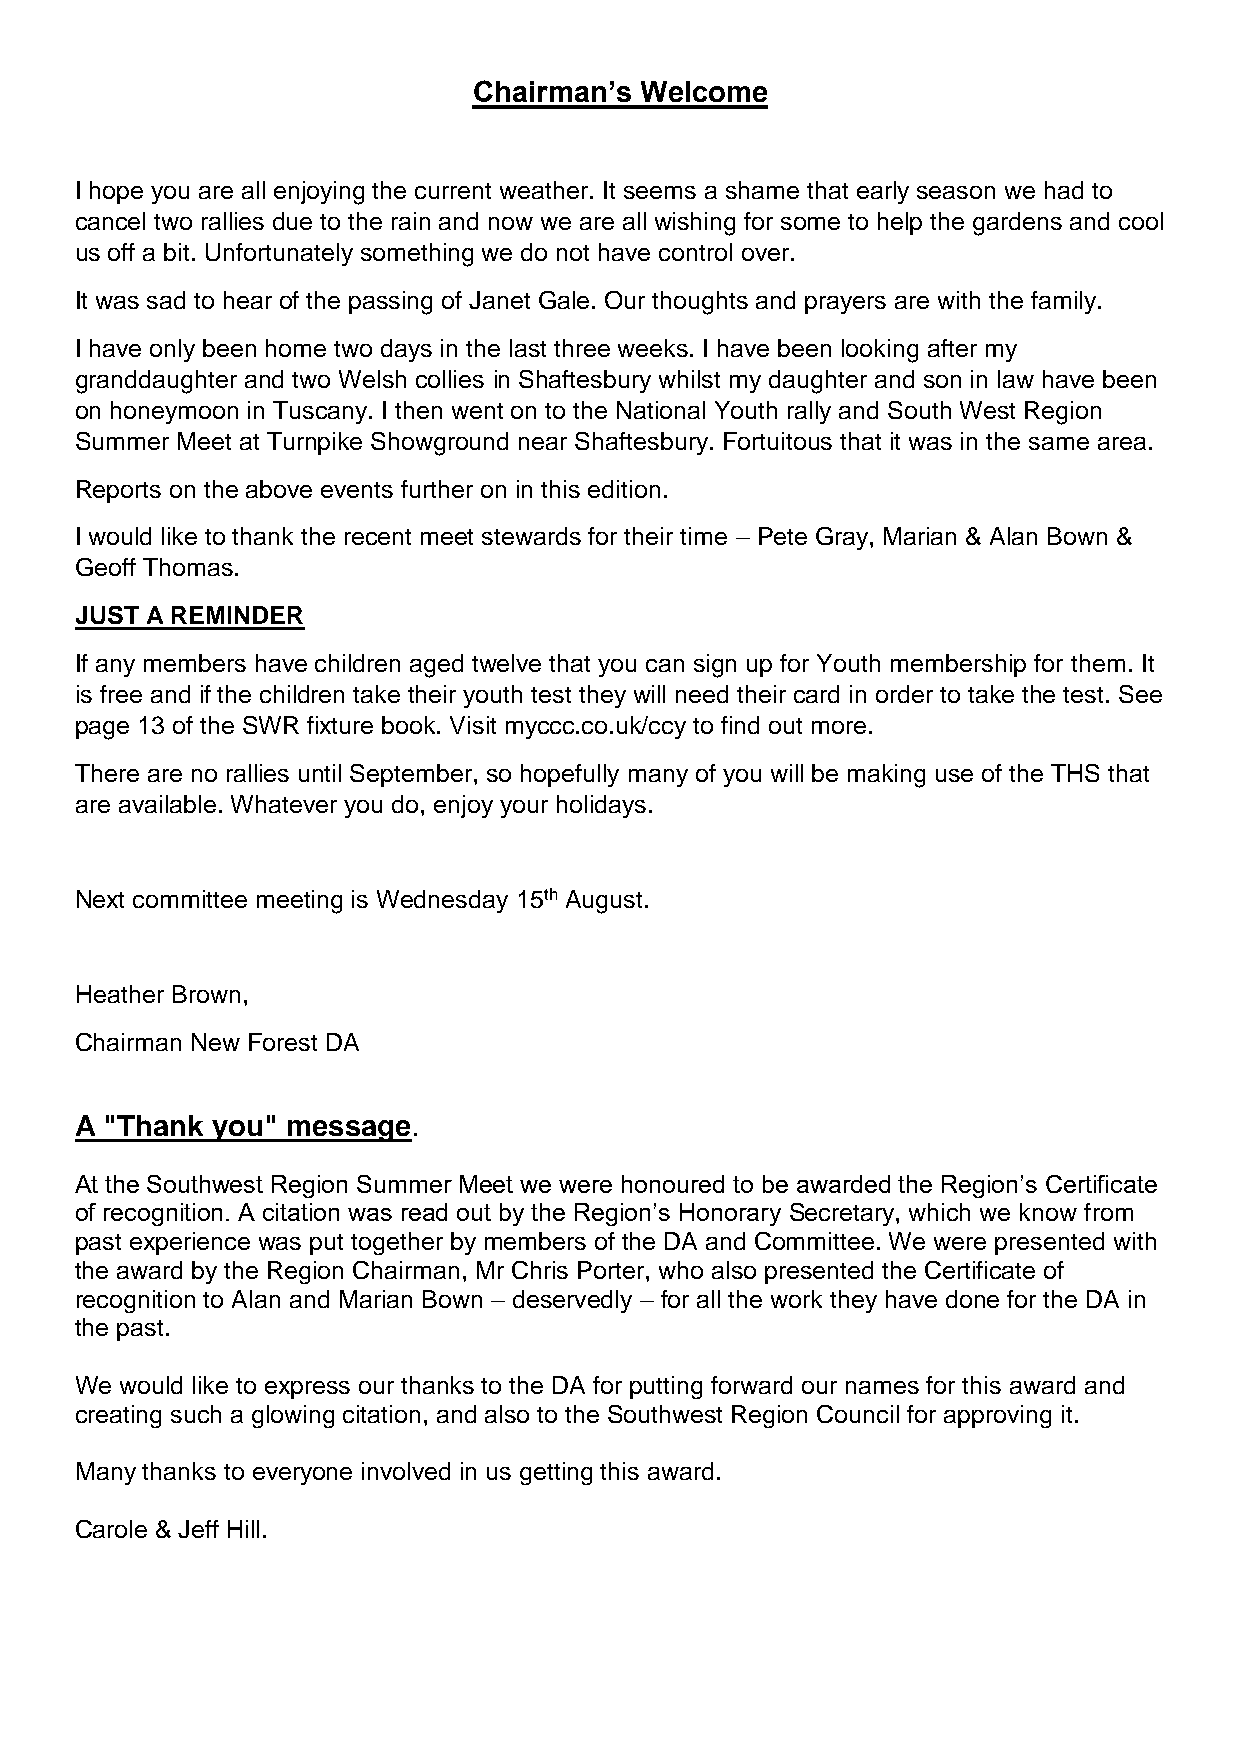
Chairman’s Welcome
 I hope you are all enjoying the current weather. It seems a shame that early season we had to
 cancel two rallies due to the rain and now we are all wishing for some to help the gardens and cool
 us off a bit. Unfortunately something we do not have control over.
 It was sad to hear of the passing of Janet Gale. Our thoughts and prayers are with the family.
 I have only been home two days in the last three weeks. I have been looking after my
 granddaughter and two Welsh collies in Shaftesbury whilst my daughter and son in law have been
 on honeymoon in Tuscany. I then went on to the National Youth rally and South West Region
 Summer Meet at Turnpike Showground near Shaftesbury. Fortuitous that it was in the same area.
 Reports on the above events further on in this edition.
 I would like to thank the recent meet stewards for their time – Pete Gray, Marian & Alan Bown &
 Geoff Thomas.
 JUST A REMINDER
 If any members have children aged twelve that you can sign up for Youth membership for them. It
 is free and if the children take their youth test they will need their card in order to take the test. See
 page 13 of the SWR fixture book. Visit myccc.co.uk/ccy to find out more.
 There are no rallies until September, so hopefully many of you will be making use of the THS that
 are available. Whatever you do, enjoy your holidays.
 Next committee meeting is Wednesday 15th August.
 Heather Brown,
 Chairman New Forest DA
 A "Thank you" message.
 At the Southwest Region Summer Meet we were honoured to be awarded the Region’s Certificate
 of recognition. A citation was read out by the Region’s Honorary Secretary, which we know from
 past experience was put together by members of the DA and Committee. We were presented with
 the award by the Region Chairman, Mr Chris Porter, who also presented the Certificate of
 recognition to Alan and Marian Bown – deservedly – for all the work they have done for the DA in
 the past.
 We would like to express our thanks to the DA for putting forward our names for this award and
 creating such a glowing citation, and also to the Southwest Region Council for approving it.
 Many thanks to everyone involved in us getting this award.
 Carole & Jeff Hill.